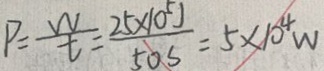
P = \frac { w } { t } = \frac { 2 5 \times 1 0 ^ { 5 } J } { 5 0 s } = 5 \times 1 0 ^ { 4 } w